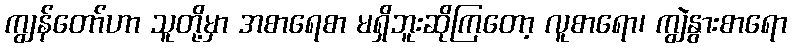
ကျွန်တော်ဟာ သူတို့မှာ အစာရေစာ မရှိဘူးဆိုကြတော့ လူစာရော၊ ကျွဲနွားစာရော